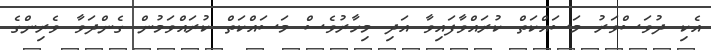
އެކި ދުވަސްވަރު މަސައްކަތް ކުރައްވާފައިވާ އަދި މިހާރުވެސް މަސައްކަތް ކުރައްވަމުން ގެންދަވާ ވެރިންގެ